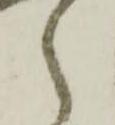
ら